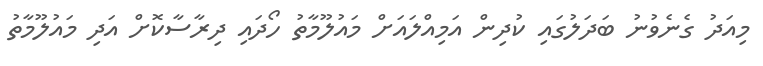
މިއަދު ގެނެވުނު ބަދަލުގައި ކުދިން އަމިއްލައަށް މައުލޫމާތު ހޯދައި ދިރާސާކޮށް އަދި މައުލޫމާތު